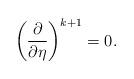
LaTeX: \begin{align*}\bigg(\frac{\partial}{\partial\eta}\bigg)^{k+1} = 0.\end{align*}